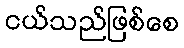
ငယ်သည်ဖြစ်စေ